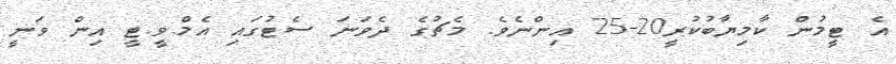
އެ ޓީމުން ކާމިޔާބުކުރީ20-25 އިންނެވެ. މެޗުގެ ދެވަނަ ސެޓުގައި އެމް.ވީ.ޓީ އިން ވަނީ